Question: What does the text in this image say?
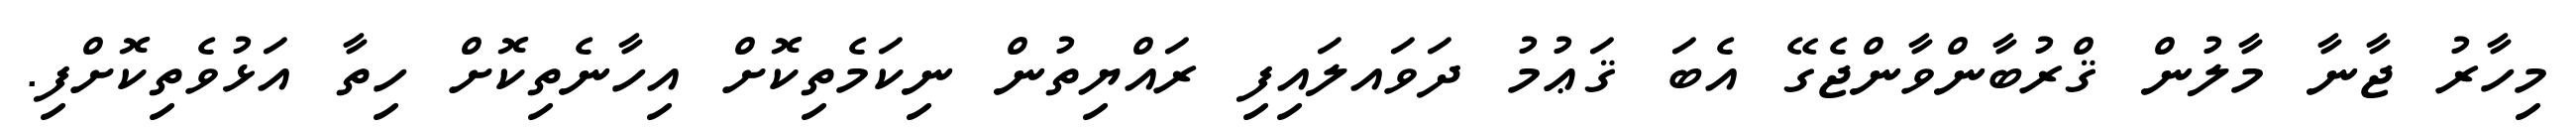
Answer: މިހާރު ޖާނާ މާލުން ޤްރުބާންވާންޖެގޭ އެބަ ޤަޢުމު ދަވައލައިފި ރައްޔިތުން ނިކަމެތިކޮށް އިހާނެތިކޮށް ހިތާ އަޅުވެތިކޮށްފި.